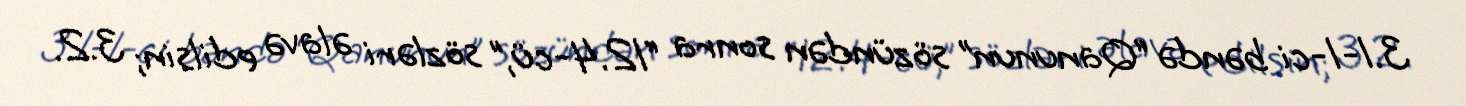
3.1-1-ci bəndə “Qanunun” sözündən sonra “12.4-cü,” sözləri əlavə edilsin; 3.2.